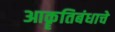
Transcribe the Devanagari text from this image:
आकॄतिबंधाचे